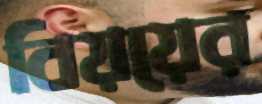
বিয়য়ের